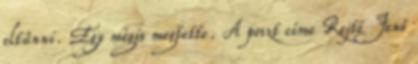
eltűnni. Egy mégis megtette. A poszt címe Rejtő Jenő